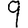
Digit: 9